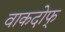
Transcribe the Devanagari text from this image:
वाकदोफ्